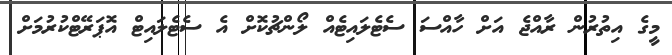
މީގެ އިތުރުން ރާއްޖެ އަށް ހާއްސަ ސެޓެލައިޓެއް ލޯންޗުކޮށް އެ ސެޓެލައިޓް އޮޕަރޭޓްކުރުމަށް